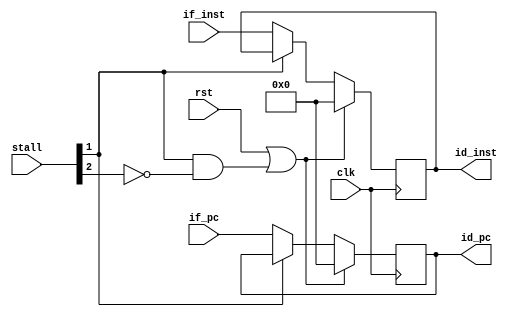
module reg_if_id (
    input      [31:0] if_pc  ,
    input      [31:0] if_inst,
    output reg [31:0] id_pc  ,
    output reg [31:0] id_inst,
    input      [ 5:0] stall  ,
    input             clk    ,
    input             rst
);

    always @(posedge clk) begin
        if (rst || (stall[1] && !stall[2])) begin
            id_pc   <= 0;
            id_inst <= 0;
        end else if (!stall[1]) begin
            id_pc   <= if_pc;
            id_inst <= if_inst;
        end
    end

endmodule // reg_if_id